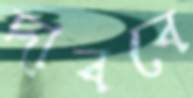
দাববে